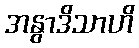
အနွာဒိသာဟိ